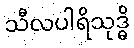
သီလပါရိသုဒ္ဓိ